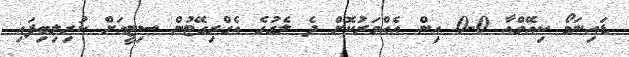
ޑައިނަމޯ ކިއޭވްއާ 0-0 އިން އެއްވަރުކޮށް ދެ ލެގުގެ އެގްރިގޭޓުން ސިޓީއަށް ކުރިލިބިފައި